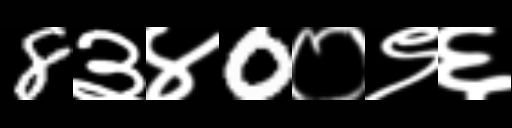
Text: 8३४0०९६